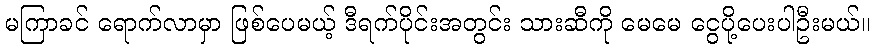
မကြာခင် ရောက်လာမှာ ဖြစ်ပေမယ့် ဒီရက်ပိုင်းအတွင်း သားဆီကို မေမေ ငွေပို့ပေးပါဦးမယ်။